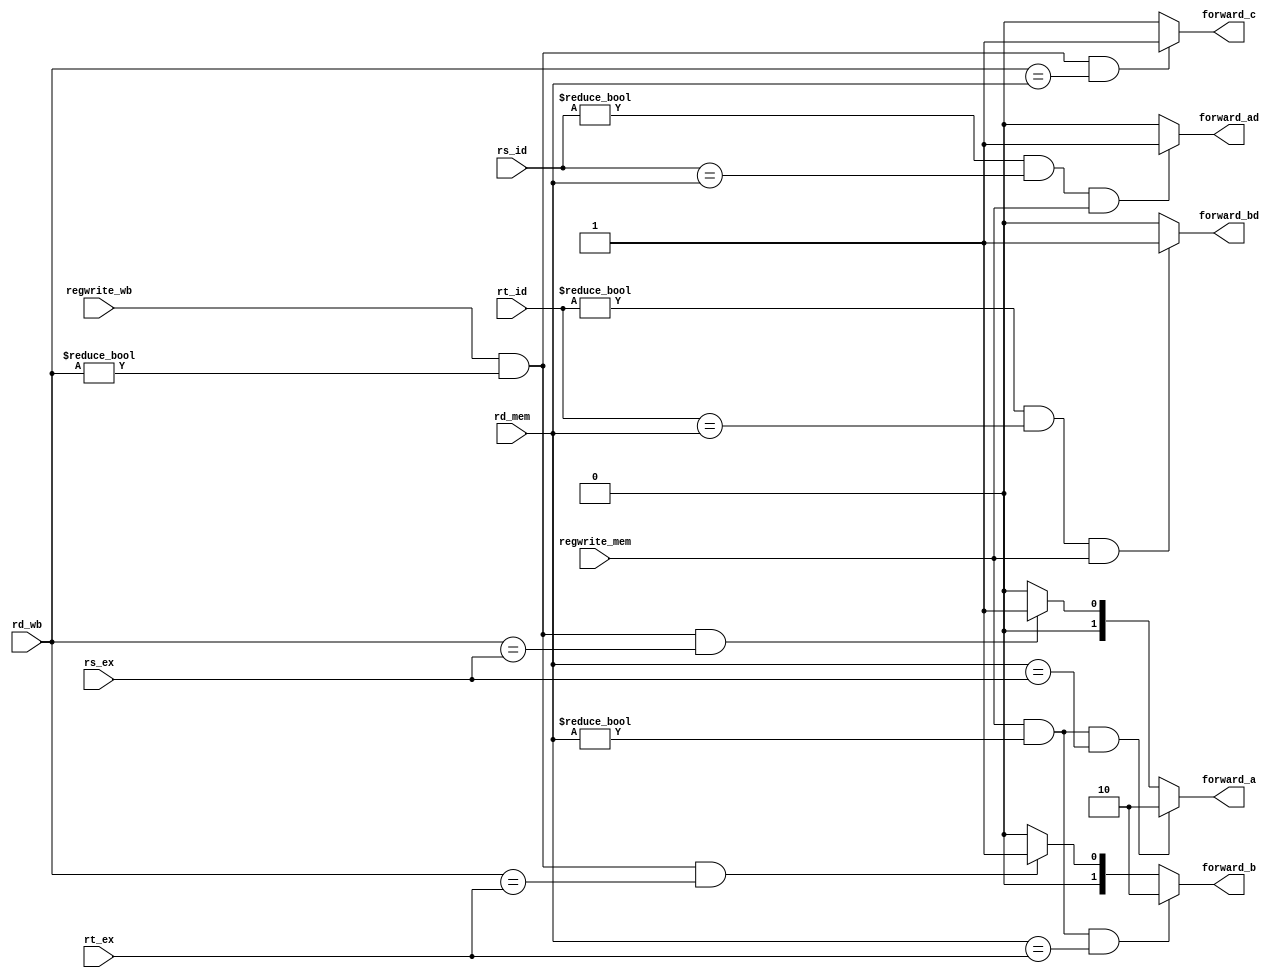
/*##########################################################################################
Note: Please dont upload the assignments, template file/solution && lab. manual on GitHub or others public repository. 
Kindly remove them, if you have uploaded the previous assignments. 
It violates the BITSs Intellectual Property Rights (IPR).
*******************************************************************************************/


module forwardingUnit(input [4:0] rs_id, input [4:0] rt_id, input [4:0] rs_ex, input [4:0] rt_ex, input [4:0] rd_mem, 
                        input [4:0] rd_wb, input regwrite_mem, input regwrite_wb, 
                        output reg [1:0] forward_a, output reg [1:0] forward_b, output reg forward_c, output reg forward_ad, output reg forward_bd);
    
    //WRITE YOUR CODE HERE
    always @(*) begin
        forward_a = 0;
        forward_b = 0;
        forward_c = 0;
        forward_ad = 0;
        forward_bd = 0;

        if ( regwrite_wb && (rd_wb != 0) && (rd_wb == rs_ex) ) forward_a = 2'b01;

        if ( regwrite_wb && (rd_wb != 0) && (rd_wb == rt_ex) ) forward_b = 2'b01;

        if ( regwrite_mem && (rd_mem != 0) && (rd_mem == rs_ex) ) forward_a = 2'b10;

        if ( regwrite_mem && (rd_mem != 0) && (rd_mem == rt_ex) ) forward_b = 2'b10;

        if ( regwrite_wb && (rd_wb != 0) && (rd_wb == rd_mem) ) forward_c = 1'b1;

        if ( (rs_id != 0) && (rs_id == rd_mem) && regwrite_mem ) forward_ad = 1'b1;

        if ( (rt_id != 0) && (rt_id == rd_mem) && regwrite_mem ) forward_bd = 1'b1;
    end

endmodule